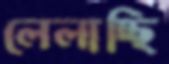
লেলাচ্ছি